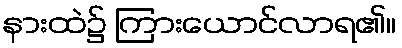
နားထဲ၌ ကြားယောင်လာရ၏။